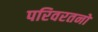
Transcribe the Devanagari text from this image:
परिवरतनों